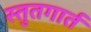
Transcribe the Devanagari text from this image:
स्तुतगार्त